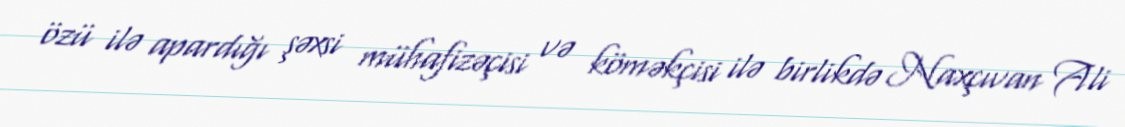
özü ilə apardığı şəxsi mühafizəçisi və köməkçisi ilə birlikdə Naxçıvan Ali